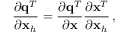
\frac { \partial { \bf q } ^ { T } } { \partial { \bf x } _ { h } } = \frac { \partial { \bf q } ^ { T } } { \partial { \bf x } } \frac { \partial { \bf x } ^ { T } } { \partial { \bf x } _ { h } } \, ,